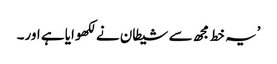
’یہ خط مجھ سے شیطان نے لکھوایا ہے اور۔